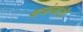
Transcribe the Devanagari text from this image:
वाजंत्र्यांनी